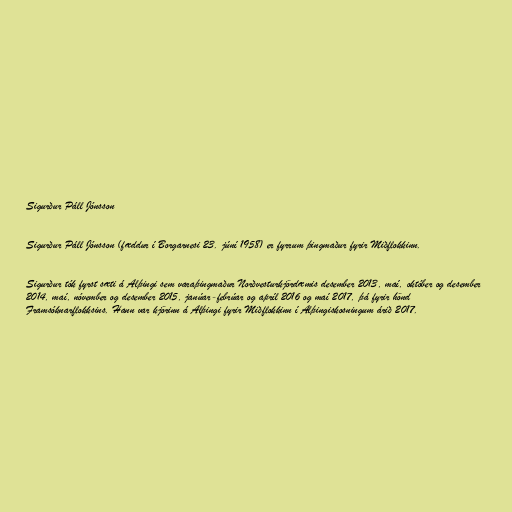
Sigurður Páll Jónsson

Sigurður Páll Jónsson (fæddur í Borgarnesi 23. júní 1958) er fyrrum þingmaður fyrir Miðflokkinn.

Sigurður tók fyrst sæti á Alþingi sem varaþingmaður Norðvesturkjördæmis desember 2013, maí, október og desember
2014, maí, nóvember og desember 2015, janúar-febrúar og apríl 2016 og maí 2017, þá fyrir hönd
Framsóknarflokksins. Hann var kjörinn á Alþingi fyrir Miðflokkinn í Alþingiskosningum árið 2017.